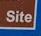
site